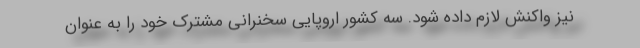
نیز واکنش لازم داده شود. سه کشور اروپایی سخنرانی مشترک خود را به عنوان